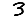
Digit: 3